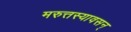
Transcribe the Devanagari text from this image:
मरुत्तस्यावसन्